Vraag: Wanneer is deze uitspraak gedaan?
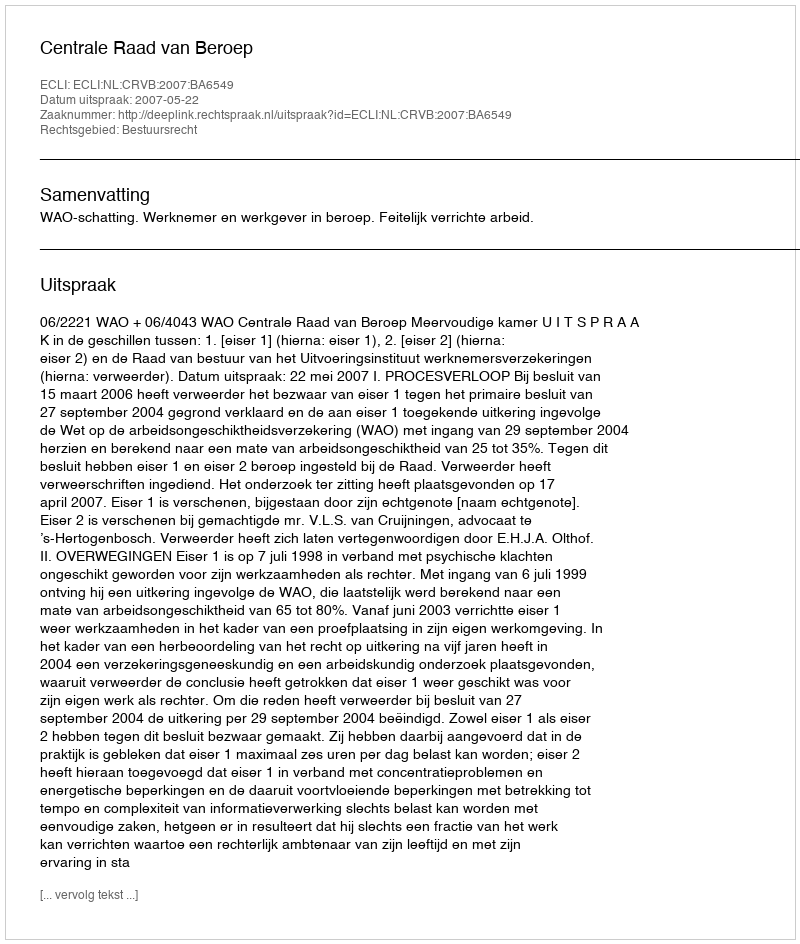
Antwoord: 2007-05-22